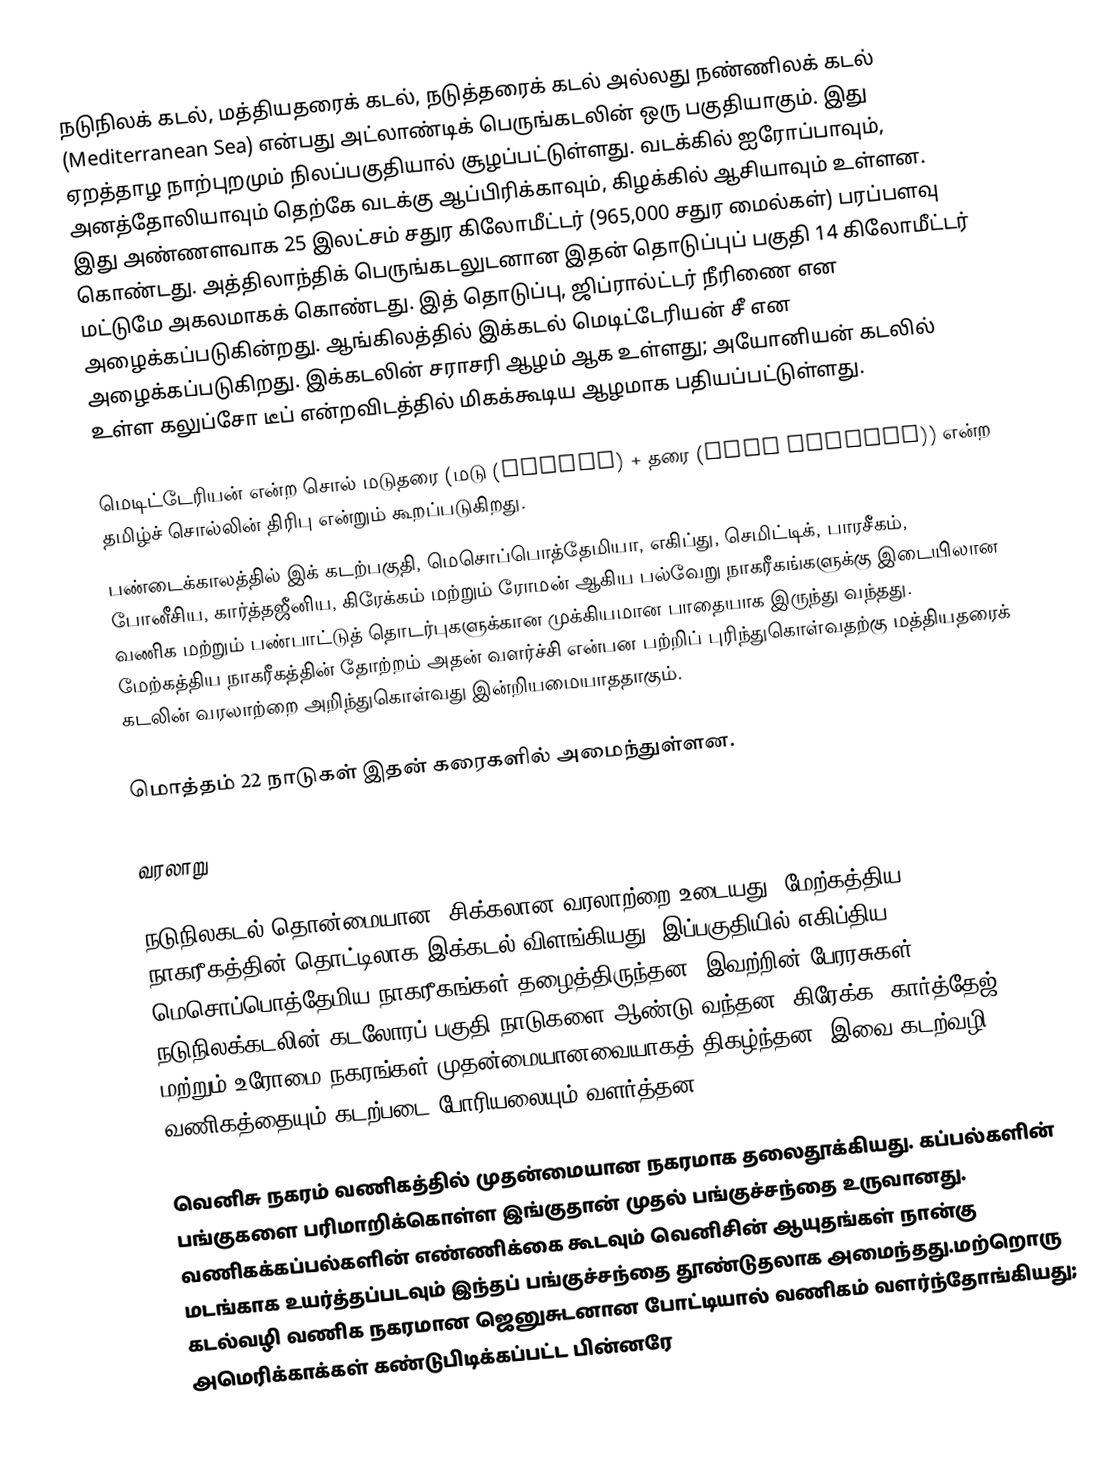
நடுநிலக் கடல், மத்தியதரைக் கடல், நடுத்தரைக் கடல் அல்லது நண்ணிலக் கடல் (Mediterranean Sea) என்பது அட்லாண்டிக் பெருங்கடலின் ஒரு பகுதியாகும். இது ஏறத்தாழ நாற்புறமும் நிலப்பகுதியால் சூழப்பட்டுள்ளது. வடக்கில் ஐரோப்பாவும், அனத்தோலியாவும் தெற்கே வடக்கு ஆப்பிரிக்காவும், கிழக்கில் ஆசியாவும் உள்ளன. இது அண்ணளவாக 25 இலட்சம் சதுர கிலோமீட்டர் (965,000 சதுர மைல்கள்) பரப்பளவு கொண்டது. அத்திலாந்திக் பெருங்கடலுடனான இதன் தொடுப்புப் பகுதி 14 கிலோமீட்டர் மட்டுமே அகலமாகக் கொண்டது. இத் தொடுப்பு, ஜிப்ரால்ட்டர் நீரிணை என அழைக்கப்படுகின்றது. ஆங்கிலத்தில் இக்கடல் மெடிட்டேரியன் சீ என அழைக்கப்படுகிறது. இக்கடலின் சராசரி ஆழம்  ஆக உள்ளது;  அயோனியன் கடலில் உள்ள கலுப்சோ டீப் என்றவிடத்தில் மிகக்கூடிய ஆழமாக  பதியப்பட்டுள்ளது.

மெடிட்டேரியன் என்ற சொல் மடுதரை (மடு (Cavity) + தரை (Land Surface)) என்ற தமிழ்ச் சொல்லின் திரிபு என்றும் கூறப்படுகிறது.
பண்டைக்காலத்தில் இக் கடற்பகுதி, மெசொப்பொத்தேமியா, எகிப்து, செமிட்டிக், பாரசீகம், போனீசிய, கார்த்தஜீனிய, கிரேக்கம் மற்றும் ரோமன் ஆகிய பல்வேறு நாகரீகங்களுக்கு இடையிலான வணிக மற்றும் பண்பாட்டுத் தொடர்புகளுக்கான முக்கியமான பாதையாக இருந்து வந்தது. மேற்கத்திய நாகரீகத்தின் தோற்றம் அதன் வளர்ச்சி என்பன பற்றிப் புரிந்துகொள்வதற்கு மத்தியதரைக் கடலின் வரலாற்றை அறிந்துகொள்வது இன்றியமையாததாகும்.

மொத்தம் 22 நாடுகள் இதன் கரைகளில் அமைந்துள்ளன.

வரலாறு

நடுநிலகடல் தொன்மையான, சிக்கலான வரலாற்றை உடையது. மேற்கத்திய நாகரீகத்தின் தொட்டிலாக இக்கடல் விளங்கியது. இப்பகுதியில் எகிப்திய,  மெசொப்பொத்தேமிய நாகரீகங்கள் தழைத்திருந்தன. இவற்றின் பேரரசுகள் நடுநிலக்கடலின்  கடலோரப் பகுதி நாடுகளை ஆண்டு வந்தன.  கிரேக்க, கார்த்தேஜ் மற்றும் உரோமை நகரங்கள் முதன்மையானவையாகத் திகழ்ந்தன. இவை கடற்வழி வணிகத்தையும் கடற்படை போரியலையும் வளர்த்தன.

வெனிசு நகரம் வணிகத்தில் முதன்மையான நகரமாக தலைதூக்கியது. கப்பல்களின் பங்குகளை பரிமாறிக்கொள்ள இங்குதான் முதல் பங்குச்சந்தை உருவானது. வணிகக்கப்பல்களின் எண்ணிக்கை கூடவும் வெனிசின் ஆயுதங்கள் நான்கு மடங்காக உயர்த்தப்படவும் இந்தப் பங்குச்சந்தை தூண்டுதலாக அமைந்தது.மற்றொரு கடல்வழி வணிக நகரமான ஜெனுசுடனான போட்டியால் வணிகம் வளர்ந்தோங்கியது; அமெரிக்காக்கள் கண்டுபிடிக்கப்பட்ட பின்னரே